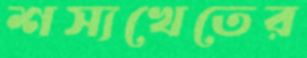
শস্যখেতের